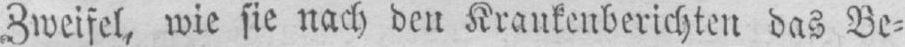
Zweifel, wie sie nach den Krankenberichten das Be⸗